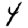
Digit: 4